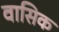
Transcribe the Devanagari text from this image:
वासिक